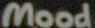
Mood